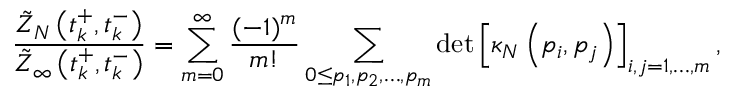
\frac { \Tilde { Z } _ { N } \left( t _ { k } ^ { + } , t _ { k } ^ { - } \right) } { \Tilde { Z } _ { \infty } \left( t _ { k } ^ { + } , t _ { k } ^ { - } \right) } = \sum _ { m = 0 } ^ { \infty } \frac { ( - 1 ) ^ { m } } { m ! } \sum _ { 0 \leq p _ { 1 } , p _ { 2 } , \dots , p _ { m } } \operatorname* { d e t } \left[ \kappa _ { N } \left( p _ { i } , p _ { j } \right) \right] _ { i , j = 1 , \dots , m } ,